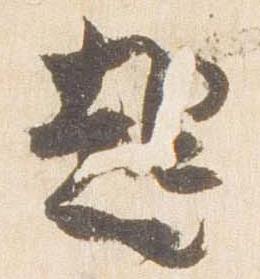
起